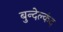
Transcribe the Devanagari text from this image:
बुन्देल्कंद